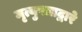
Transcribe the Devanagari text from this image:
मृत्युपत्राद्वारे